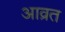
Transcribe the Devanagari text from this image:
आव्रत